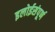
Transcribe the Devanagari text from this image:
इलोईसंपूर्ण